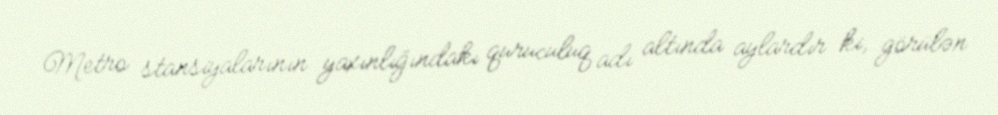
Metro stansiyalarının yaxınlığındakı quruculuq adı altında aylardır ki, görülən